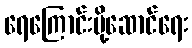
ရေကြောင်းပို့ဆောင်ရေး